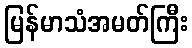
မြန်မာသံအမတ်ကြီး